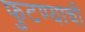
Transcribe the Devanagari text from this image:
फुटण्याची